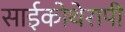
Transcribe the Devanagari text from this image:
साईकोथेरापी